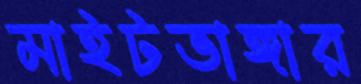
মাইটভাঙ্গার